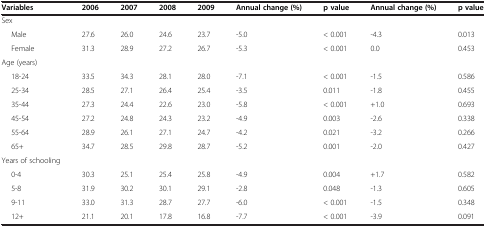
| Variables | 2006 | 2007 | 2008 | 2009 | Annual change (%) | p value | Annual change (%) | p value |
 | --- | --- | --- | --- | --- | --- | --- | --- | --- |
 | Sex |  |  |  |  |  |  |  |  |
 | Male | 27.6 | 26.0 | 24.6 | 23.7 | -5.0 | < 0.001 | -4.3 | 0.013 |
 | Female | 31.3 | 28.9 | 27.2 | 26.7 | -5.3 | < 0.001 | 0.0 | 0.453 |
 | Age (years) |  |  |  |  |  |  |  |  |
 | 18-24 | 33.5 | 34.3 | 28.1 | 28.0 | -7.1 | < 0.001 | -1.5 | 0.586 |
 | 25-34 | 28.5 | 27.1 | 26.4 | 25.4 | -3.5 | 0.011 | -1.8 | 0.455 |
 | 35-44 | 27.3 | 24.4 | 22.6 | 23.0 | -5.8 | < 0.001 | +1.0 | 0.693 |
 | 45-54 | 27.2 | 24.8 | 24.3 | 23.2 | -4.9 | 0.003 | -2.6 | 0.338 |
 | 55-64 | 28.9 | 26.1 | 27.1 | 24.7 | -4.2 | 0.021 | -3.2 | 0.266 |
 | 65+ | 34.7 | 28.5 | 29.8 | 28.7 | -5.2 | 0.001 | -2.0 | 0.427 |
 | Years of schooling |  |  |  |  |  |  |  |  |
 | 0-4 | 30.3 | 25.1 | 25.4 | 25.8 | -4.9 | 0.004 | +1.7 | 0.582 |
 | 5-8 | 31.9 | 30.2 | 30.1 | 29.1 | -2.8 | 0.048 | -1.3 | 0.605 |
 | 9-11 | 33.0 | 31.3 | 28.7 | 27.7 | -6.0 | < 0.001 | -1.5 | 0.348 |
 | 12+ | 21.1 | 20.1 | 17.8 | 16.8 | -7.7 | < 0.001 | -3.9 | 0.091 |